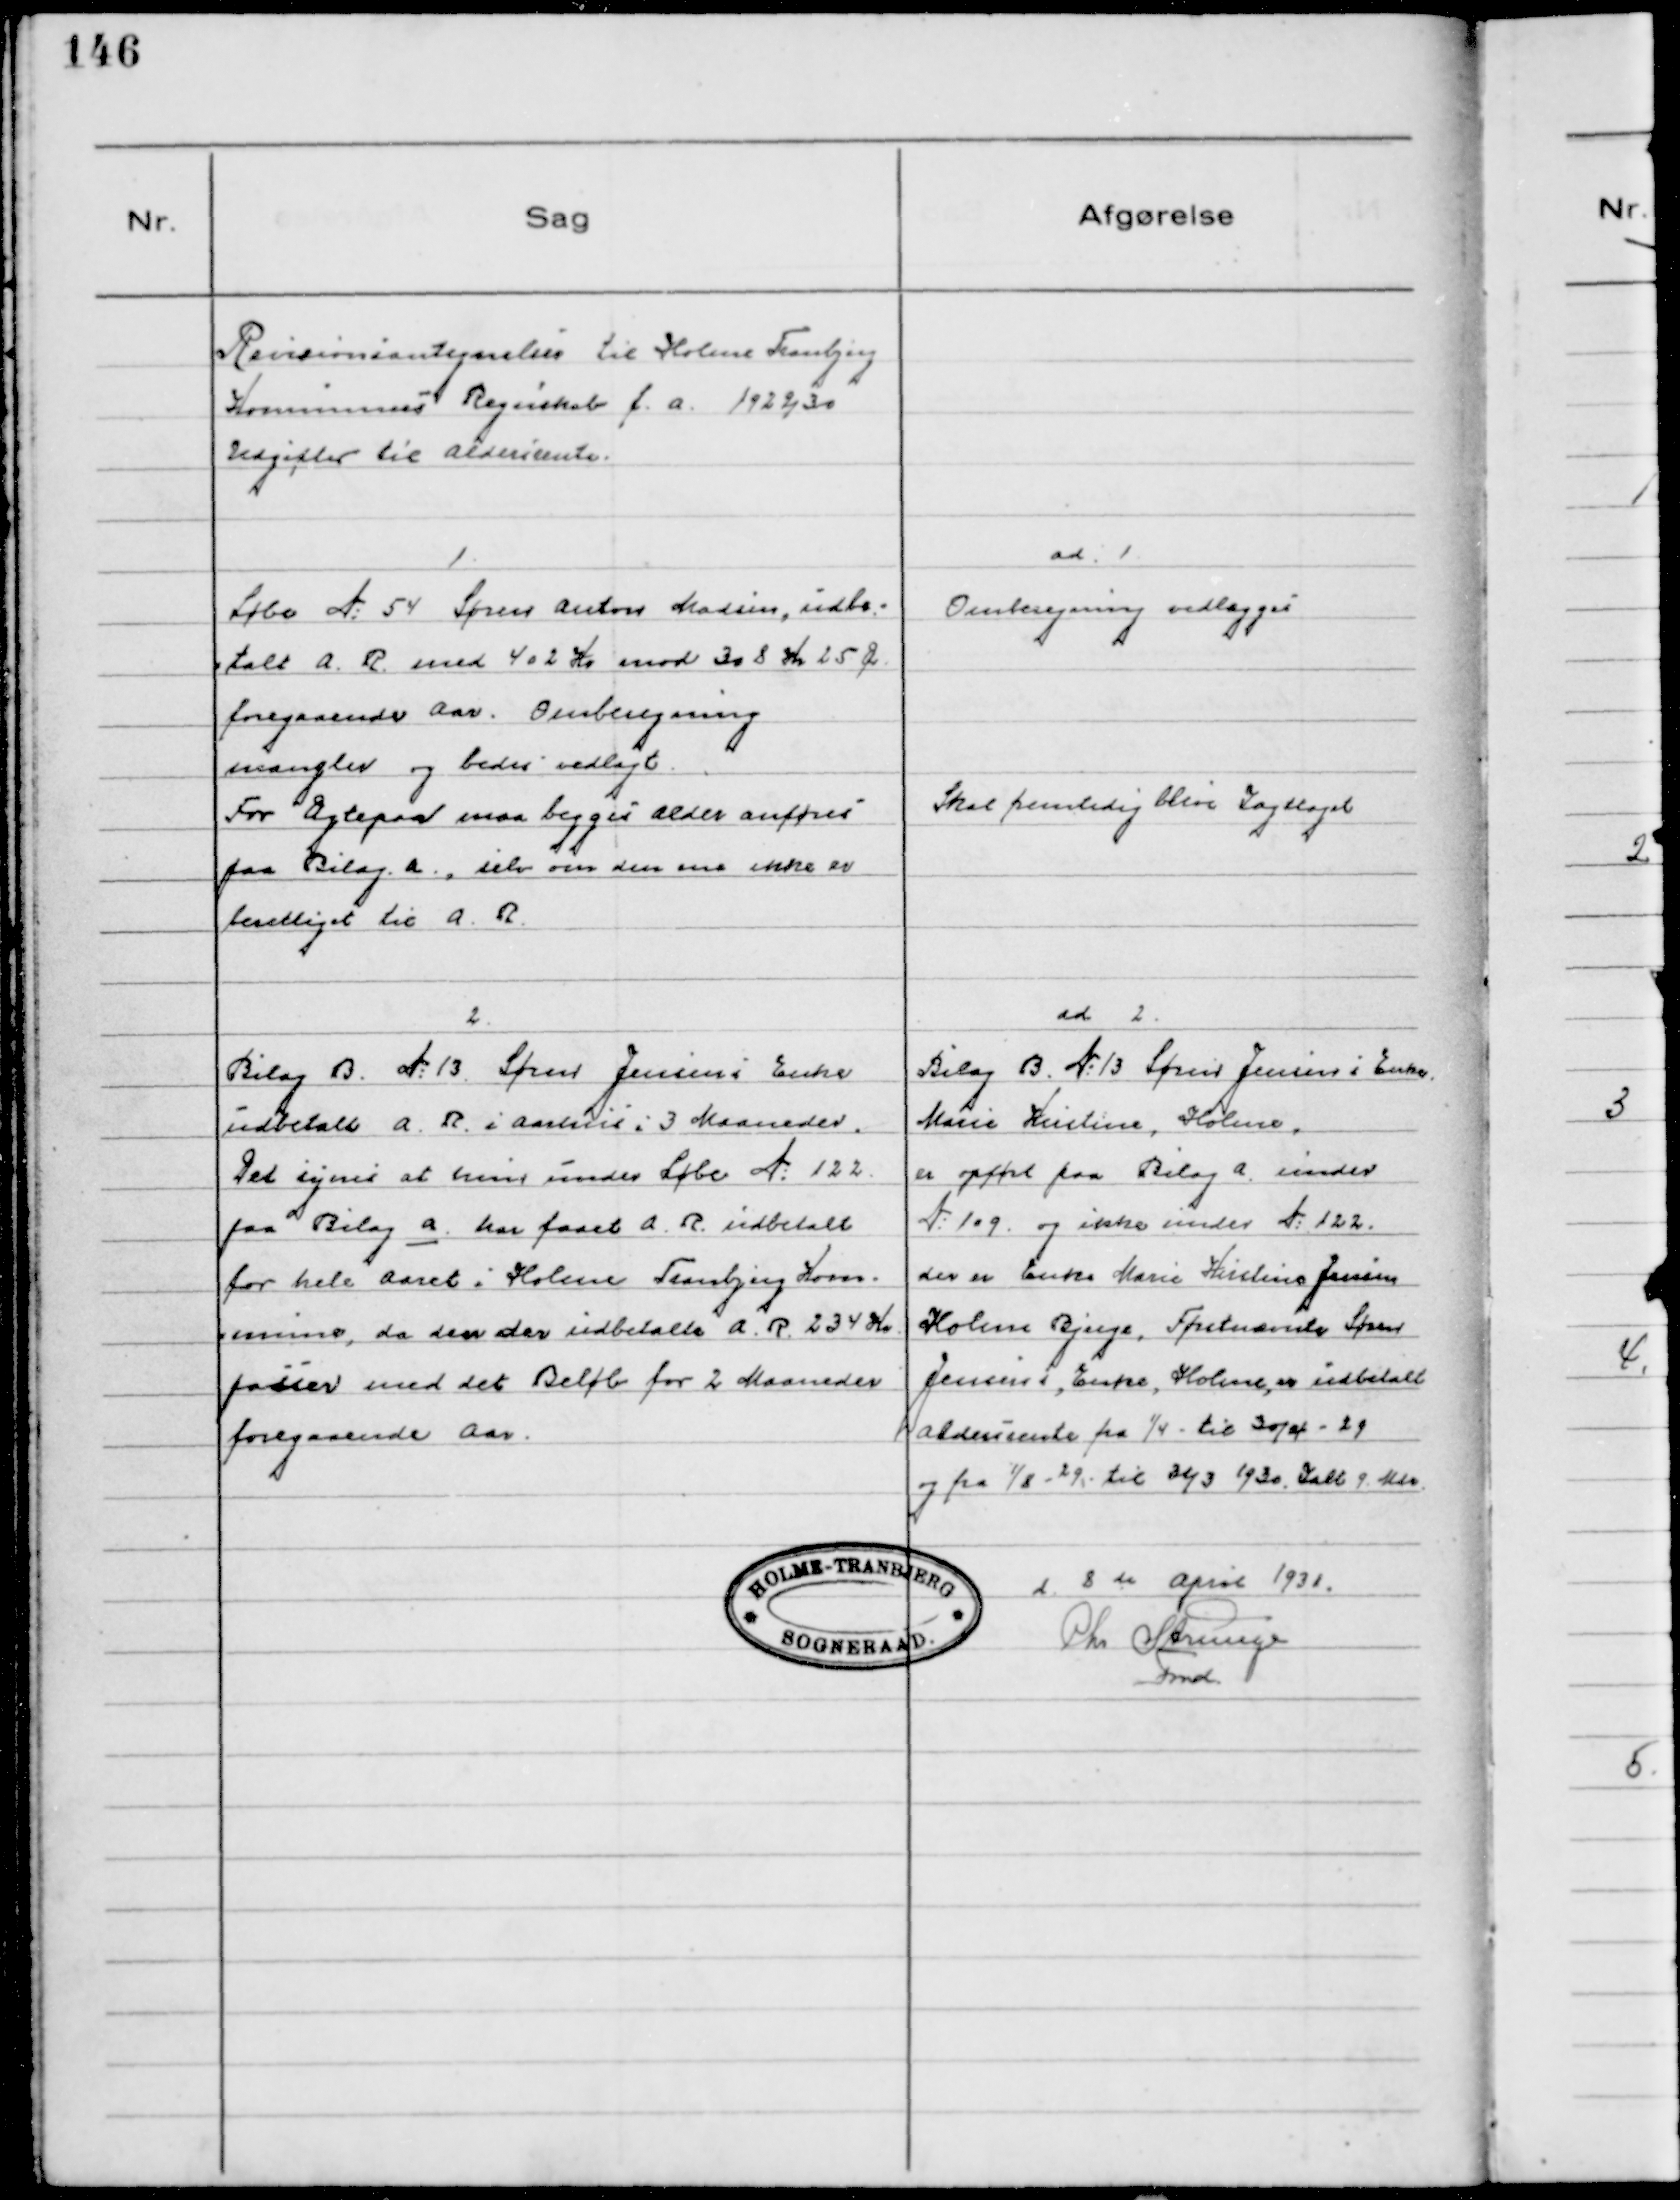
Transskription:
Revisionsantegnelsen til Holme Tranbjerg
Kommunes Regnskab f.a. 1929/30
Udgifter til Aldersrente.

1
Løbe № 54 Søren Anton Madsen, udbe-
talt A.R. med 402 Kr mod 308 Kr 25 Ør
foregaaende Aar. Omberegning
mangler og bedes vedlagt.
For Ægtepar maa begges Alder anføres
paa Bilag A, selv om den ene ikke er
berettiget til A.R.

ad. 1.
Omberegning vedlægges
Skal fremtidig blive Iagttaget

2.
Bilag B. № 13 Søren Jensens Enke
udbetalt A.R. i Aarhus i 3 Maaneder.
Det synes at hun under Løbe № 122
paa Bilag a har faaet A.R. udbetalt
for hele Aaret i Holme Tranbjerg Kom-
mune, da den der udbetalte A.R. 234 Kr.
passer med det Beløb for 2 Maaneder
foregaaende Aar.

ad 2.
Bilag B № 13 Søren Jensens Enke 13
Marie Kirstine, Holme
er opført paa Bilag A under
№ 109 og ikke under № 122.
der er Enke Marie Kirstine Jensen
Holme Bjerge, Førstnævnte Søren
Jensens, Enke, Holme, er udbetalt
Aldersrente fra 1/4 til 30/4 - 29
og fra 1/8 - 29 til 31/3 1930. Ialt 9 Mdr.
d. 8 de April 1931
Chr Strunge
Fmd.